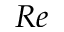
R e